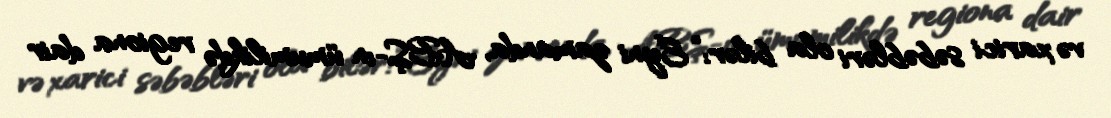
və xarici səbəbləri ola bilər: “Eyni zamanda, ABŞ-ın ümumilikdə regiona dair